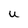
Character: U